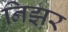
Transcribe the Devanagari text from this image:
निझर